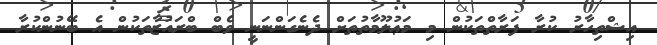
އިޝްތިހާރު ކުރާ ފަރާތްތަކުން މި މަޢުލޫމާތުތަށް ދެނެގަންނަނީ ވެބް ބްރައުޒާތަކުން އެ ބޭނުންކުރާ